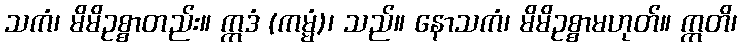
သကံ၊ မိမိဥစ္စာတည်း။ ဣဒံ (ကမ္မံ)၊ သည်။ နောသကံ၊ မိမိဥစ္စာမဟုတ်။ ဣတိ၊